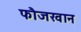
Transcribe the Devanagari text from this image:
फौजखान